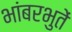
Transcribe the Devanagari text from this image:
भांबरभुतें